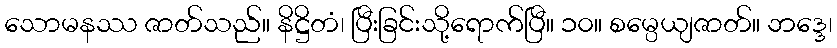
သောမနဿ ဇာတ်သည်။ နိဋ္ဌိတံ၊ ပြီးခြင်းသို့ရောက်ပြီ။ ၁၀။ စမ္ပေယျဇာတ်။ ဘဒ္ဒေ၊